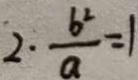
2 \cdot \frac { b ^ { 2 } } { a } = 1